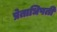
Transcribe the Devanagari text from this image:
प्रेताधिपती